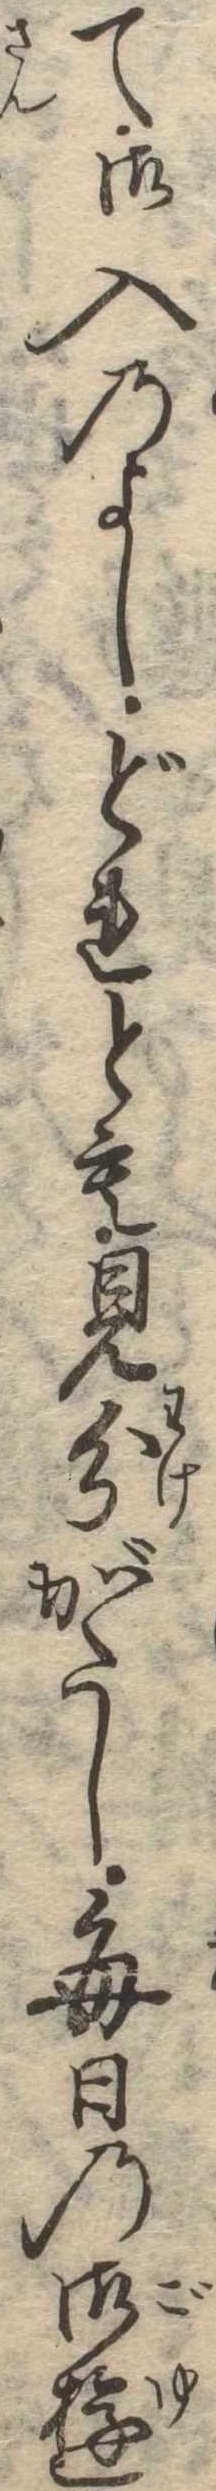
て御入のよしどれとも見分がたし毎日の御遊